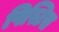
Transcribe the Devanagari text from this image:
पिस्टिस